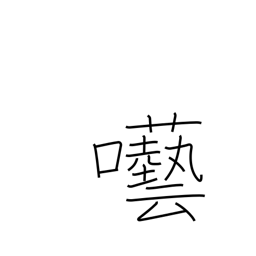
Meaning: foolish talk